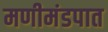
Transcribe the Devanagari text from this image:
मणीमंडपात